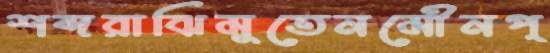
শব্দরাঝিমুতেনমৌনপ্